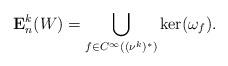
LaTeX: \begin{align*} \mathbf{E}^k_n(W)=\bigcup_{f\in C^\infty((\nu^k)^*)}\ker(\omega_f).\end{align*}